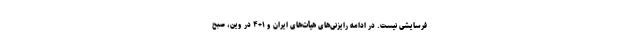
فرسایشی نیست. در ادامه رایزنی‌های هیأت‌های ایران و ۱+۴ در وین، صبح